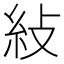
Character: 𥾲